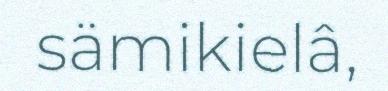
sämikielâ,